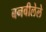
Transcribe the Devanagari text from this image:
बनवीलेले